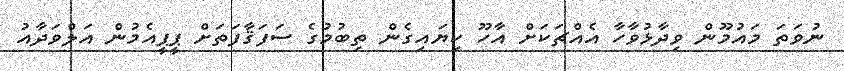
ނުވަތަ މައުމޫން ވިދާޅުވާހާ އެއްޗަކަށް އާހޫ ކިޔައިގެން ތިބުމުގެ ސަފަޤާފަތަށް ޕީޕީއެމުން އަލްވަދާއު